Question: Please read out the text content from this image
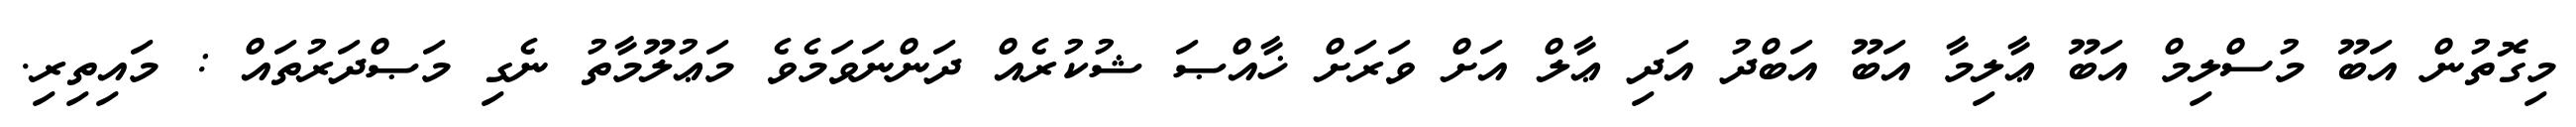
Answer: މިގޮތުން އަބޫ މުސްލިމް އަބޫ ޢާލިމާ އަބޫ އަބްދު އަދި ޢާލް އަށް ވަރަށް ޚާއްޞަ ޝުކުރެއް ދަންނަވަމެވެ މަޢުލޫމާތު ނެގި މަޞްދަރުތައް : މައިތިރި.